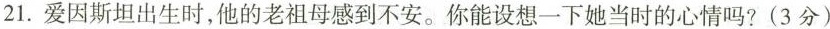
21.爱因斯坦出生时，他的老祖母感到不安。你能设想一下她当时的心情吗？（3分）